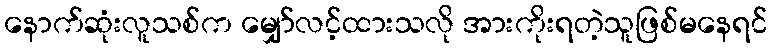
နောက်ဆုံးလူသစ်က မျှော်လင့်ထားသလို အားကိုးရတဲ့သူဖြစ်မနေရင်